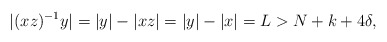
\begin{align*} |(xz)^{-1}y| = |y| - |xz| = |y| - |x| = L > N + k + 4\delta, \end{align*}